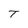
Character: T